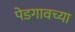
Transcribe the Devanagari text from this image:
पेडगावच्या